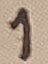
Text: 1